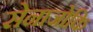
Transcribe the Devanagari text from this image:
सेनाजोकि